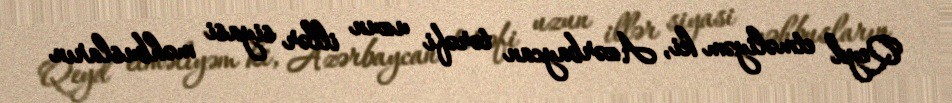
Qeyd etməliyəm ki, Azərbaycan tərəfi uzun illər siyasi məhbusların